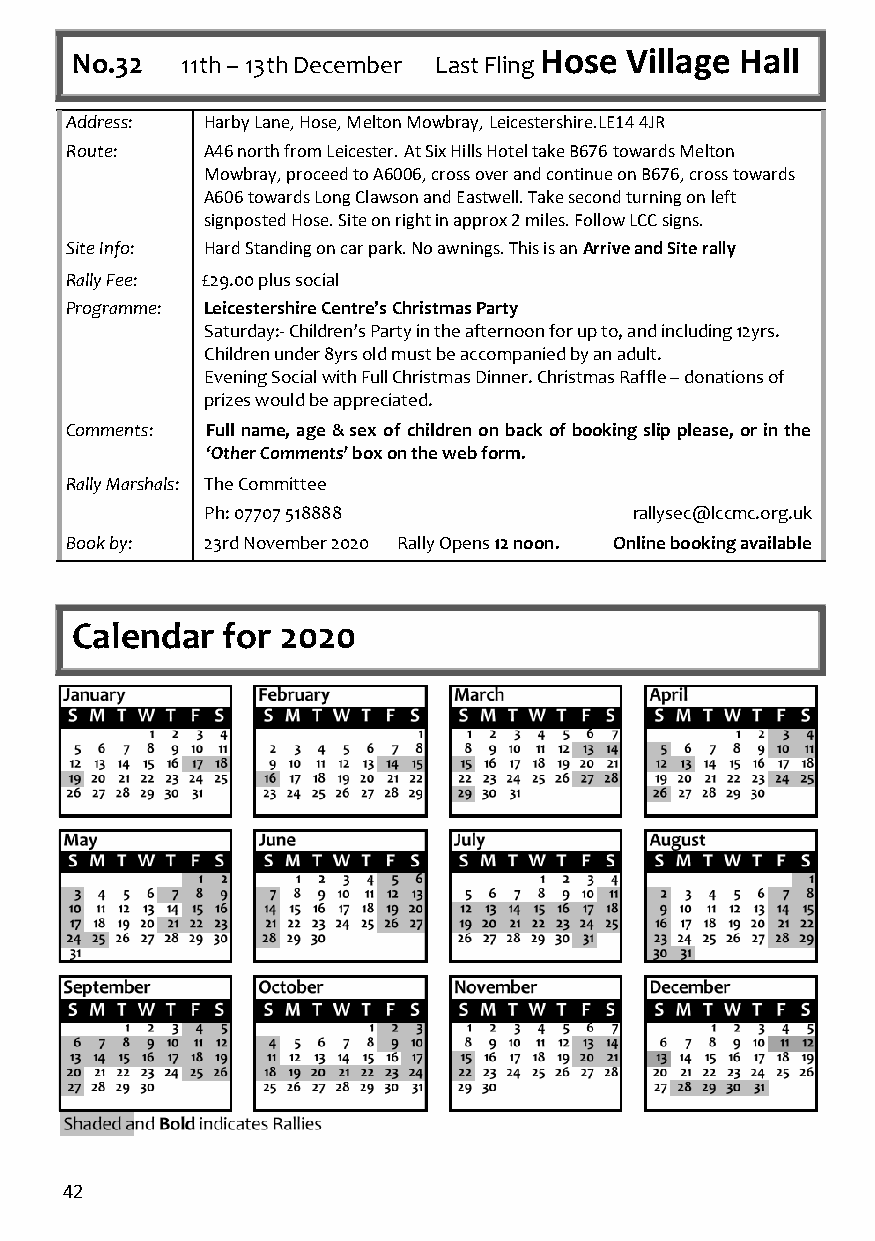
Hose Village Hall
 No.32  11th – 13th December Last Fling
 Address:  Harby Lane, Hose, Melton Mowbray, Leicestershire.LE14 4JR
 Route:    A46 north from Leicester. At Six Hills Hotel take B676 towards Melton
 Mowbray, proceed to A6006, cross over and continue on B676, cross towards
 A606 towards Long Clawson and Eastwell. Take second turning on left
 signposted Hose. Site on right in approx 2 miles. Follow LCC signs.
 Site Info: Hard Standing on car park. No awnings. This is an Arrive and Site rally
 Rally Fee: £29.00 plus social
 Programme: Leicestershire Centre’s Christmas Party
 Saturday:- Children’s Party in the afternoon for up to, and including 12yrs.
 Children under 8yrs old must be accompanied by an adult.
 Evening Social with Full Christmas Dinner. Christmas Raffle – donations of
 prizes would be appreciated.
 Comments: Full name, age & sex of children on back of booking slip please, or in the
 ‘Other Comments’ box on the web form.
 Rally Marshals: The Committee
 Ph: 07707 518888            rallysec@lccmc.org.uk
 Book by:  23rd November 2020 Rally Opens 12 noon. Online booking available
 Calendar  for 2020
 42